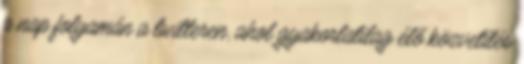
a nap folyamán a twitteren, ahol gyakorlatilag élő közvetítés